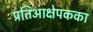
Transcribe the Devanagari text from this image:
प्रतिआक्षेपकका